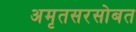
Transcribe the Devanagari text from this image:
अमृतसरसोबत